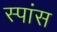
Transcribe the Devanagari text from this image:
स्पांस